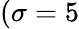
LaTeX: (\sigma=5